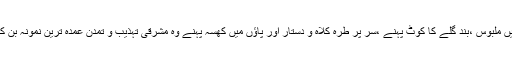
سفید شلوار قمیص میں ملبوس ،بند گلے کا کوٹ پہنے ،سر پر طرہ کلاہ و دستار اور پاؤں میں کھسہ پہنے وہ مشرقی تہذیب و تمدن عمدہ ترین نمونہ بن کر سامنے آتے تھے۔